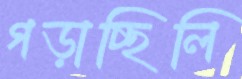
গড়াচ্ছিলি